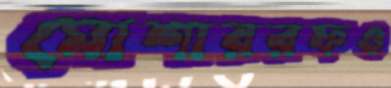
মোশাররফও